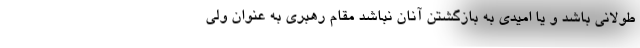
طولانی باشد و یا امیدی به بازگشتن آنان نباشد مقام رهبری به عنوان ولی